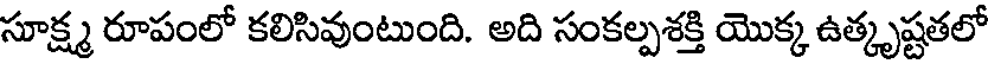
సూక్ష్మ రూపంలో కలిసివుంటుంది. అది సంకల్పశక్తి యొక్క ఉత్కృష్టతలో